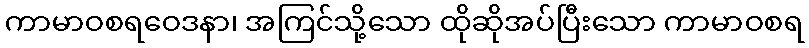
ကာမာဝစရဝေဒနာ၊ အကြင်သို့သော ထိုဆိုအပ်ပြီးသော ကာမာဝစရ